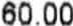
60.00